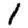
Digit: 1